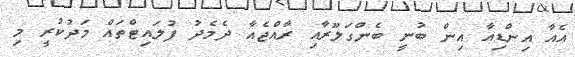
އެއާ އިންޑިއާ އިން ބުނީ ބެންގަލޫރާއި ރާއްޖެއާ ދެމެދު ފުލައިޓްތައް މަދުކުރީ މި